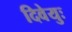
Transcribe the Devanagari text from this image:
दिवेयुः